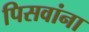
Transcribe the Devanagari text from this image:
पिसवांना